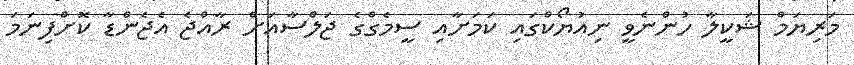
މަރިޔަމް ޝަކީލާ ހުންނެވީ ނިއުޔޯކްގައި ކަމަށާއި ސީމެގްގެ ޖަލްސާއަށް ރާއްޖެ އެޖެންޑާ ކޮށްފިނަމަ